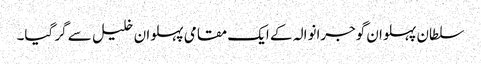
سلطان پہلوان گوجرانوالہ کے ایک مقامی پہلوان خلیل سے گر گیا۔